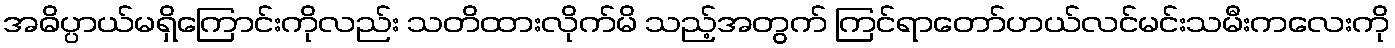
အဓိပ္ပာယ်မရှိကြောင်းကိုလည်း သတိထားလိုက်မိ သည့်အတွက် ကြင်ရာတော်ဟယ်လင်မင်းသမီးကလေးကို